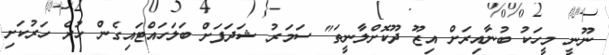
ނޫނީ މީހަކު ބުނާއިރަށް އިޒޫ ދޫކޮށްލާނީތަ" ސަމަރު ޝަދަފަށް ބަލަހައްޓައިގެން ހުރެ ހަރުކަށި